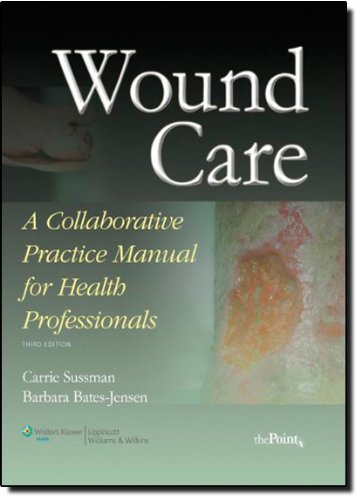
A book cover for Wound Care: A Collaborative Practice Manual for Health Professionals; Carrie Sussman DPT  PT; Medical Books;